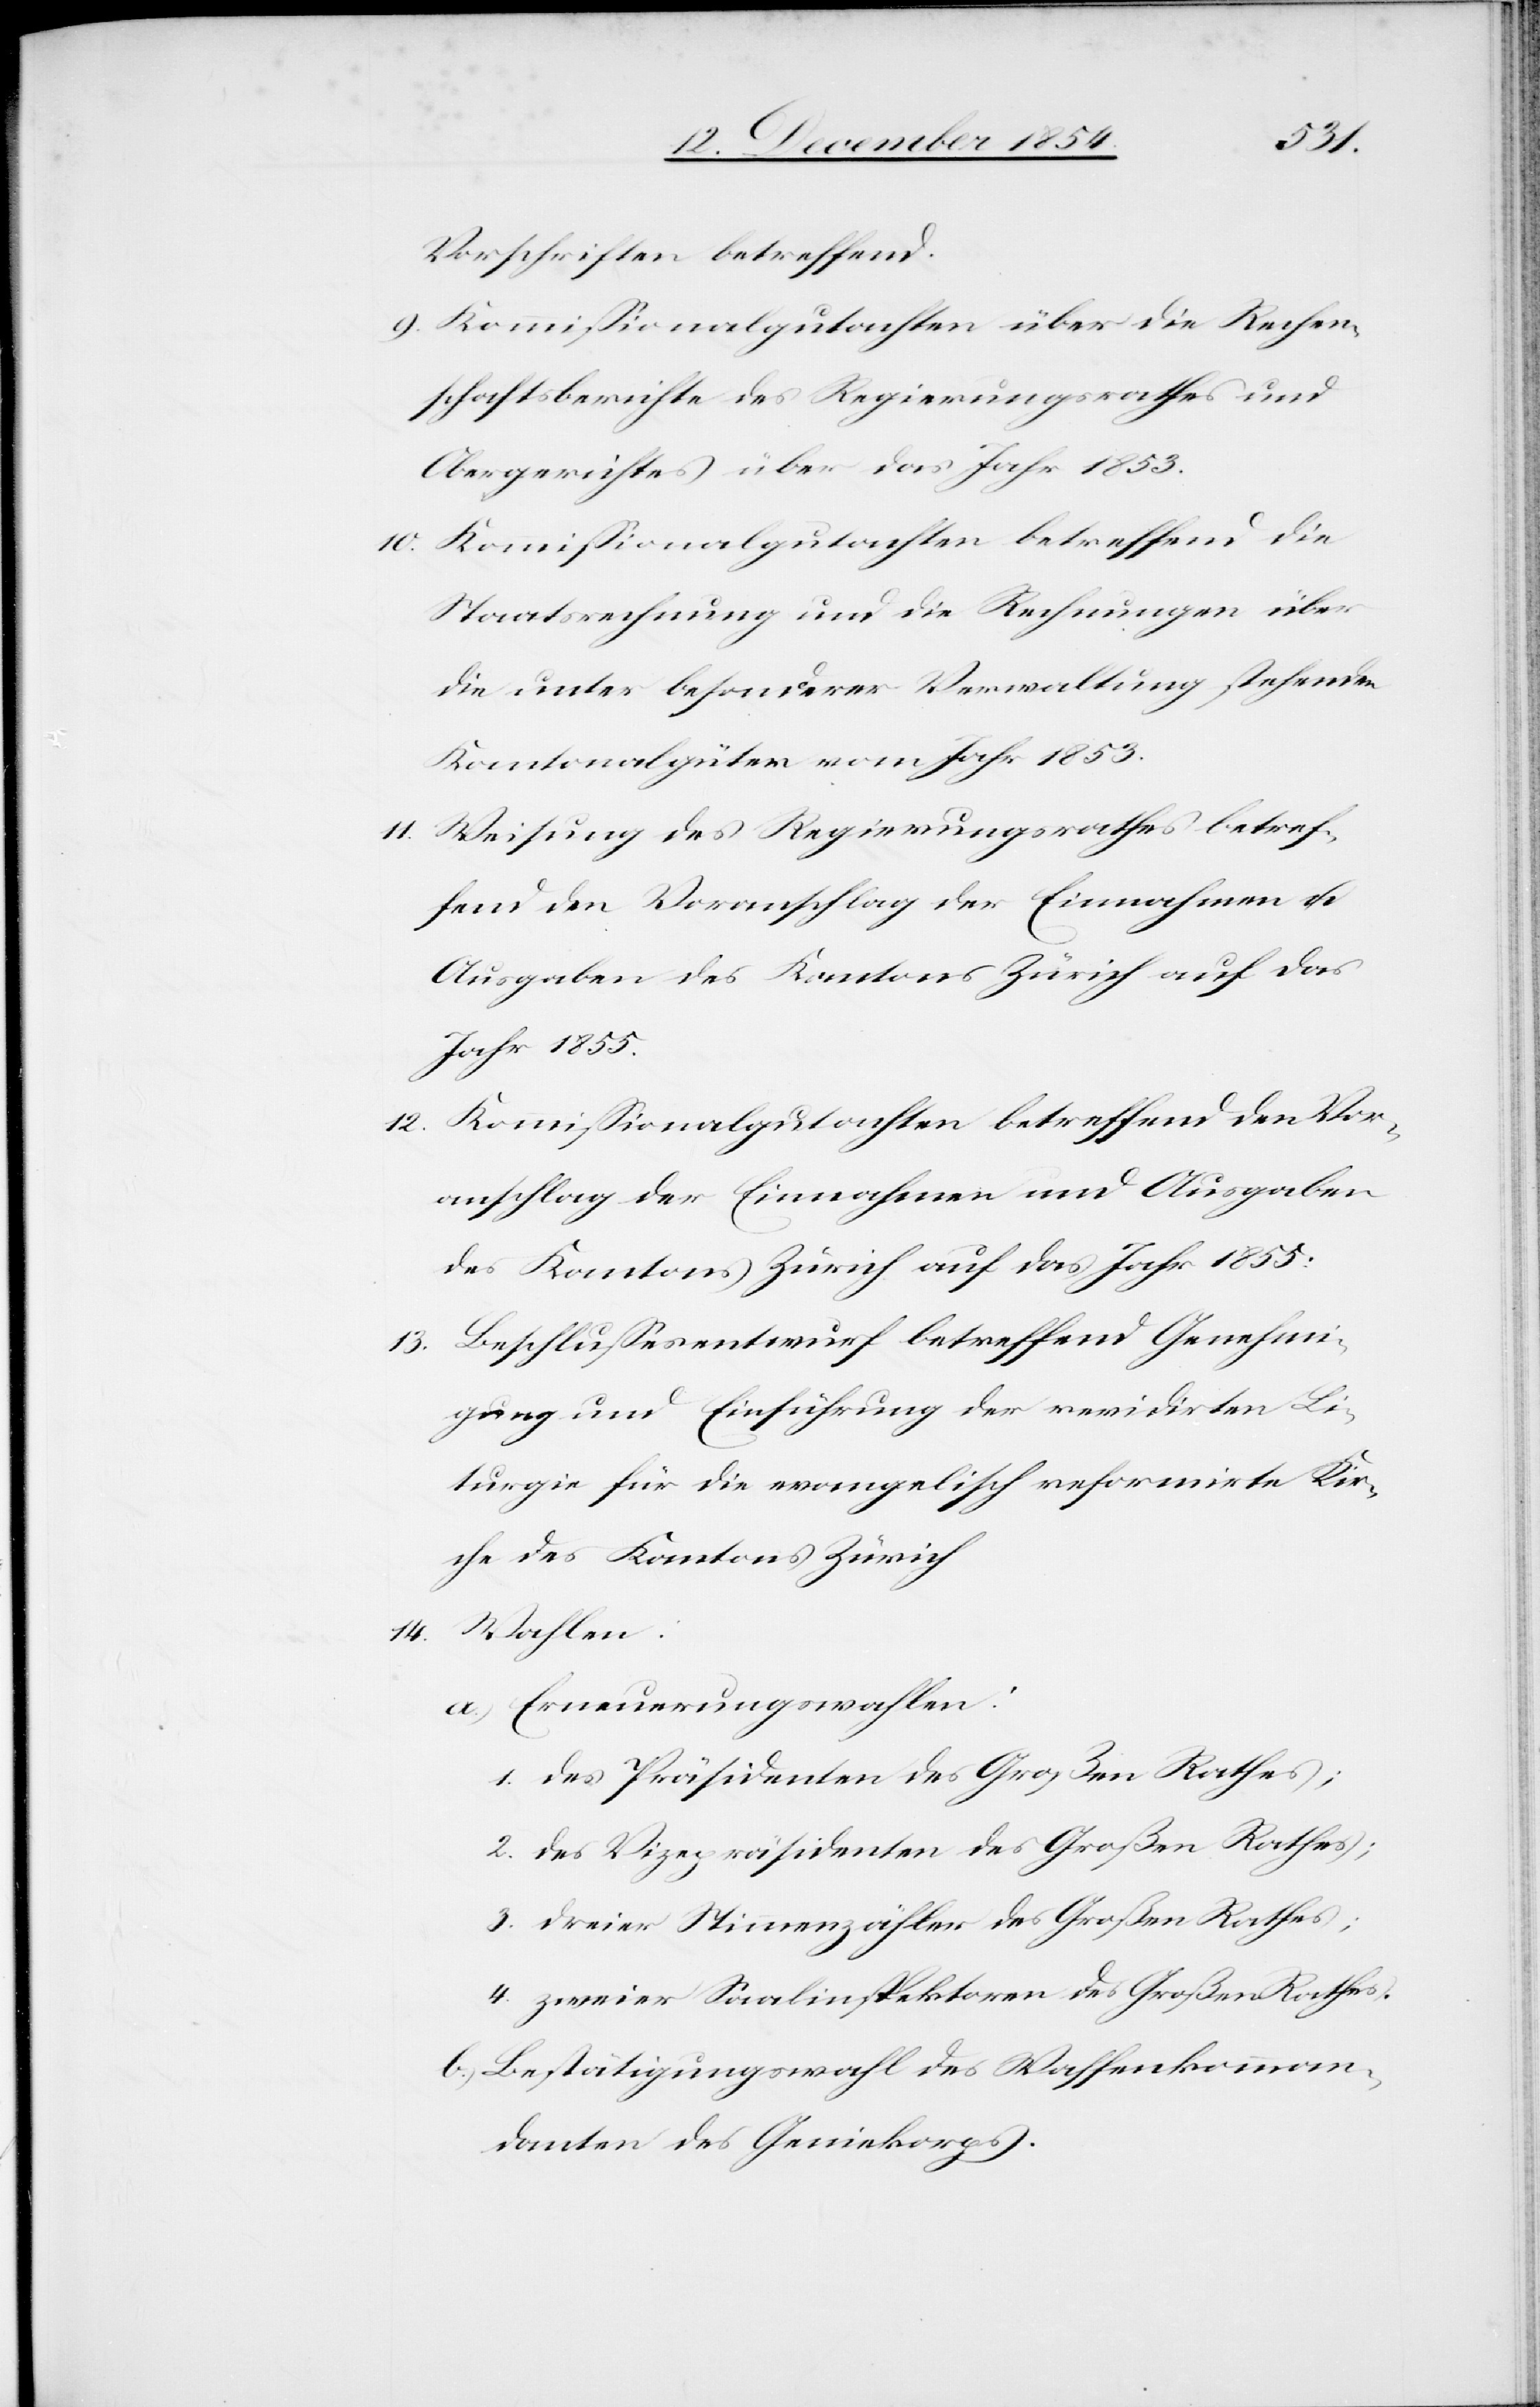
Vorschriften betreffend.
9. Kommißionalgutachten über die Rechen¬
schaftsberichte des Regierungsrathes und
Obergerichtes über das Jahr 1853.
10. Kommißionalgutachten betreffend die
Staatsrechnung und die Rechnungen über
die unter besonderer Verwaltung stehenden
Kantonalgüter vom Jahr 1853.
11. Weisung des Regierungsrathes betref¬
fend den Voranschlag der Einnahmen u.
Ausgaben des Kantons Zürich auf das
Jahr 1855.
12. Kommißionalgutachten betreffend den Vor¬
anschlag der Einnahmen und Ausgaben
des Kantons Zürich auf das Jahr 1855.
13. Beschlußesentwurf betreffend Genehmi¬
gung und Einführung der revidirten Li¬
turgie für die evangelisch reformirte Kir¬
che des Kantons Zürich.
14. Wahlen:
a.) Erneuerungswahlen:
1. des Präsidenten des Großen Rathes;
2. des Vizepräsidenten des Großen Rathes;
3. dreier Stimmenzähler des Großen Rathes;
4. zweier Saalinspektoren des Großen Rathes.
b.) Bestätigungswahl des Waffenkomman¬
danten des Geniekorps.